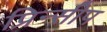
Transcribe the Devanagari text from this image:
प्रिन्सीप